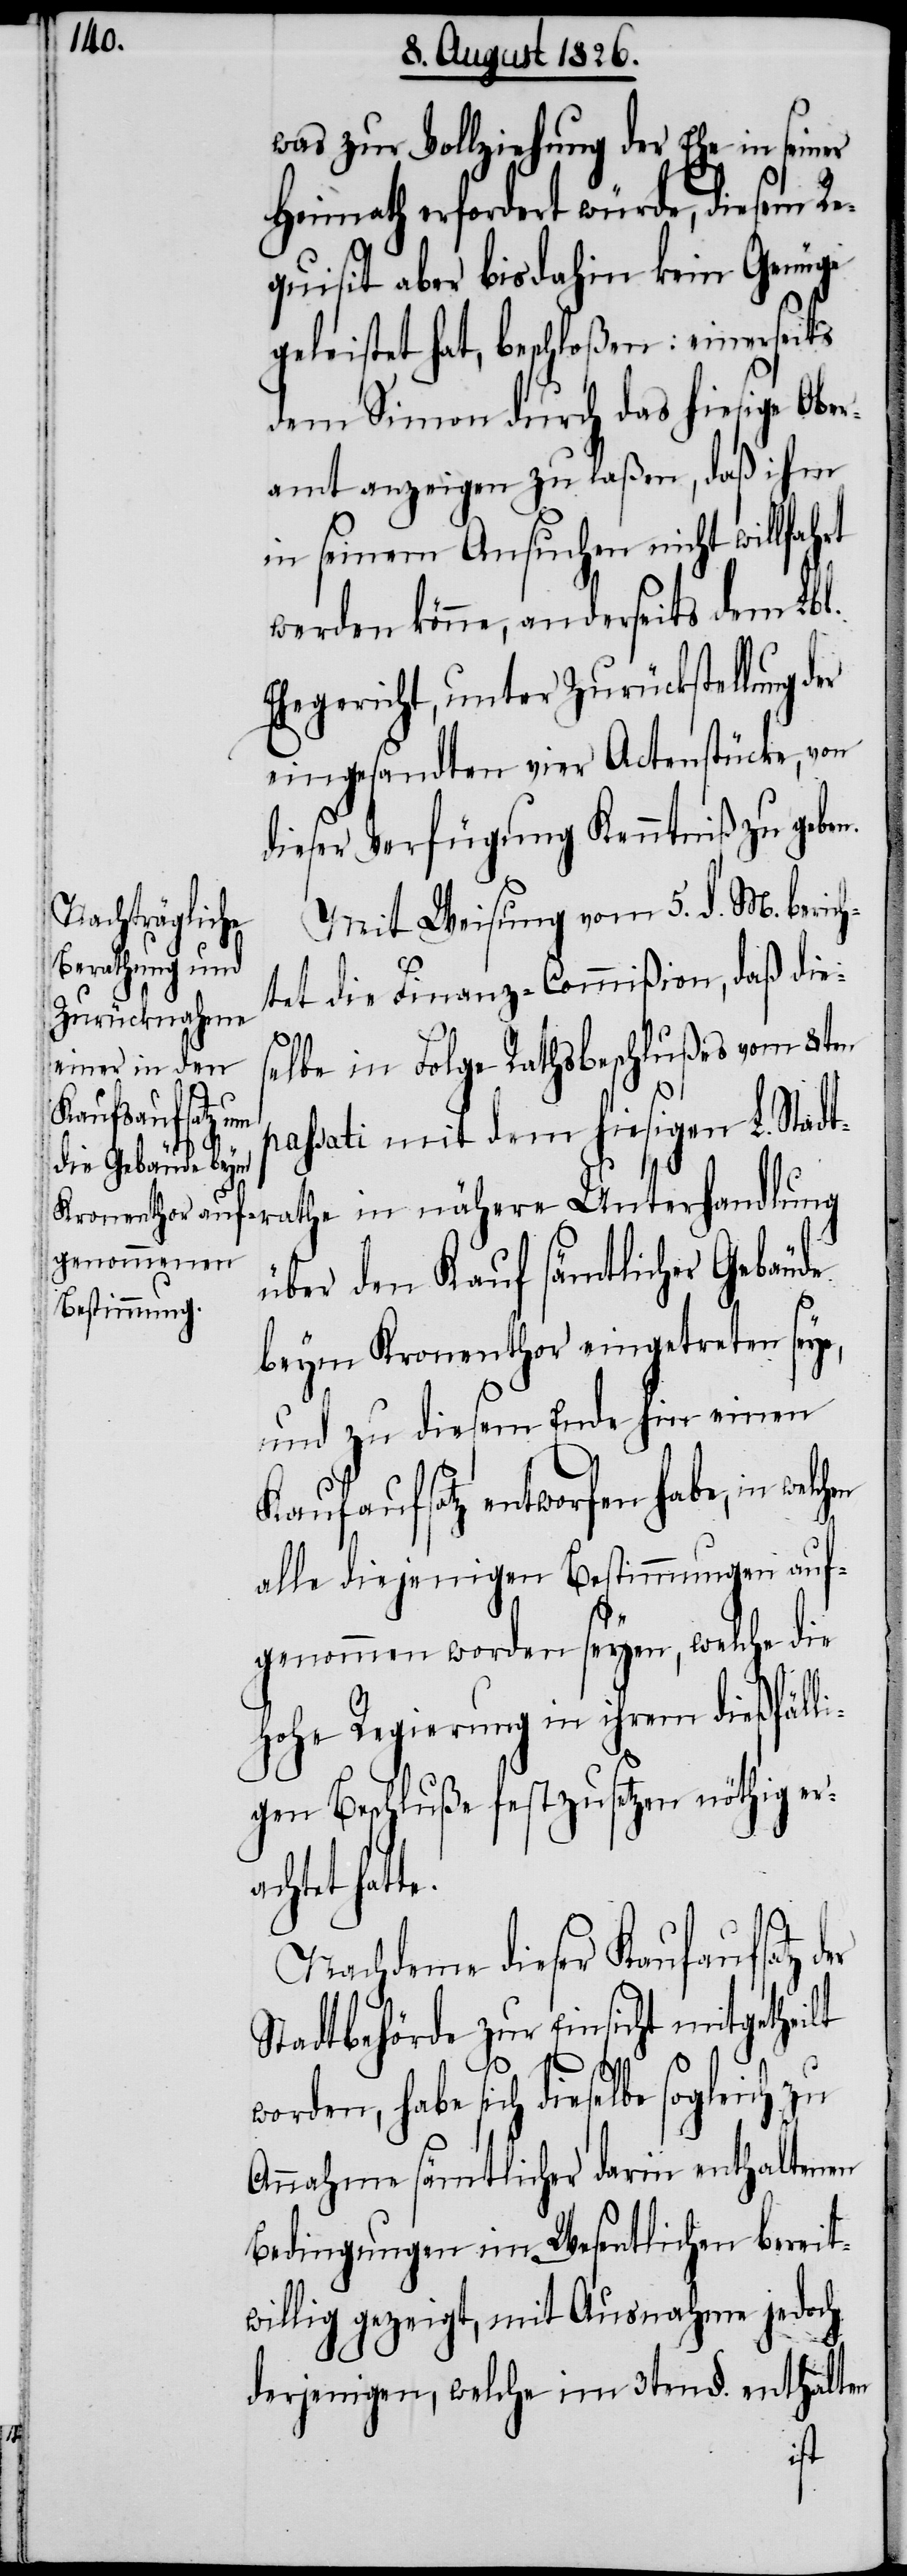
was zur Vollziehung der Ehe in seiner
Heimath erfordert würde, diesem Re¬
quisit aber bis dahin kein Genüge
leistet hat, beschloßen: einerseits
dem Simon durch das hiesige Ober¬
amt anzeigen zu laßen, daß ihm
in seinem Ansuchen nicht willfahrt
werden könne, anderseits dem Lbl.
Ehegericht, unter Zurückstellung der
eingesandten vier Actenstücke, von
dieser Verfügung Kenntniß zu geben.
Mit Weisung vom 5. d. M. beric¬
htet die Finanz-Commißion, daß dies¬
elbe in Folge Rathsbeschlußes vom 8ten
rathe in nähere
passati mit dem hiesigen L. Stadt¬
über den Kauf sämtlicher Gebäude
beym Kronenthor eingetreten sey,
und zu diesem Ende hin einen
Kaufaufsatz entworfen habe, in
alle diejenigen Bestimmungen auf¬
genommen worden seyen, welche die
hohe Regierung in ihrem dießfälli¬
gen Beschluße festzusetzen nöthig er¬
achtet hat¬
Nachdem dieser Kaufaufsatz d¬
Stadtbehörde zur Einsicht mitgetheilt
habe sich dieselbe sogleich zu
Annahme sämtlicher darin enthaltenen
Bedingungen im Wesentlichen bereit¬
willig gezeigt, mit Ausnahme jedoch
derjenigen, welche im 3ten §. enthalten
er